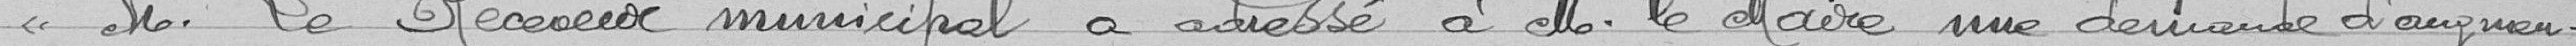
Monsieur le Receveur municipal a adressé à Monsieur le Maire, une demande d'augmen-